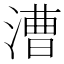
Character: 漕